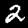
Label: 2